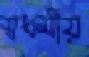
স্বধর্মীয়